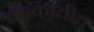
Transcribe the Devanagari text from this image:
काकातीय